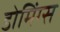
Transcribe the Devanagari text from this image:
डोमिंग्स